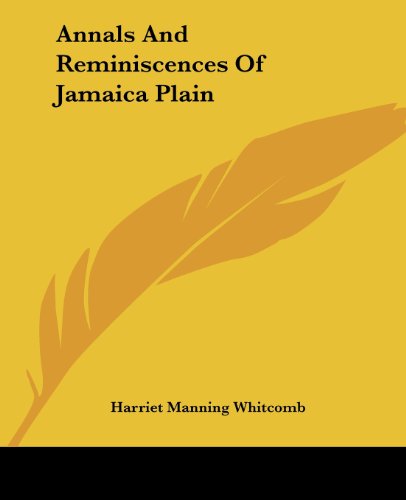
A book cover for Annals And Reminiscences Of Jamaica Plain; Harriet Manning Whitcomb; Travel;